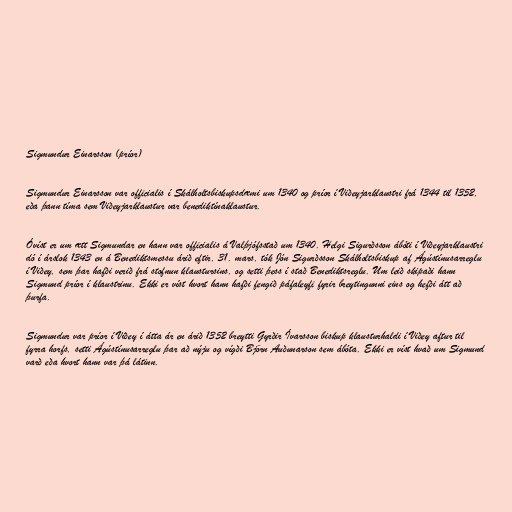
Sigmundur Einarsson (príor)

Sigmundur Einarsson var officialis í Skálholtsbiskupsdæmi um 1340 og príor í Viðeyjarklaustri frá 1344 til 1352,
eða þann tíma sem Viðeyjarklaustur var benediktínaklaustur.

Óvíst er um ætt Sigmundar en hann var officialis á Valþjófsstað um 1340. Helgi Sigurðsson ábóti í Viðeyjarklaustri
dó í árslok 1343 en á Benediktsmessu árið eftir, 31. mars, tók Jón Sigurðsson Skálholtsbiskup af Ágústínusarreglu
í Viðey, sem þar hafði verið frá stofnun klaustursins, og setti þess í stað Benediktsreglu. Um leið skipaði hann
Sigmund príor í klaustrinu. Ekki er víst hvort hann hafði fengið páfaleyfi fyrir breytingunni eins og hefði átt að
þurfa.

Sigmundur var príor í Viðey í átta ár en árið 1352 breytti Gyrðir Ívarsson biskup klausturhaldi í Viðey aftur til
fyrra horfs, setti Ágústínusarreglu þar að nýju og vígði Björn Auðunarson sem ábóta. Ekki er víst hvað um Sigmund
varð eða hvort hann var þá látinn.